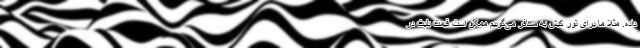
داده. مثلا ما برای تور کیش به مسافر می‌گوییم ممکن است قیمت بلیت در